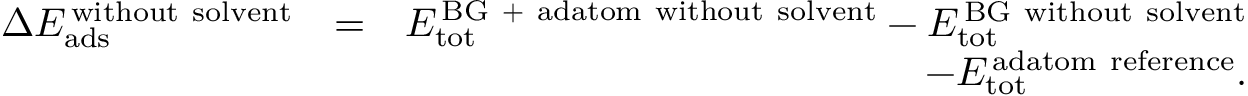
\begin{array} { r l r } { \Delta E _ { \mathrm { a d s } } ^ { \mathrm { \, w i t h o u t \ s o l v e n t } } } & { = } & { E _ { \mathrm { t o t } } ^ { \mathrm { \, B G \ + \ a d a t o m \ w i t h o u t \ s o l v e n t } } - E _ { \mathrm { t o t } } ^ { \mathrm { \, B G \ w i t h o u t \ s o l v e n t } } } \\ & { } & { - E _ { \mathrm { t o t } } ^ { \mathrm { \, a d a t o m \ r e f e r e n c e } } . } \end{array}